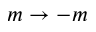
m \to - m